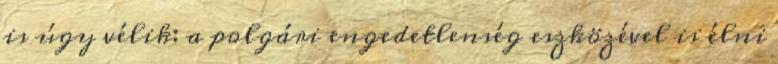
is úgy vélik: a polgári engedetlenség eszközével is élni